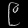
Digit: ၉